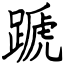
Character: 蹏